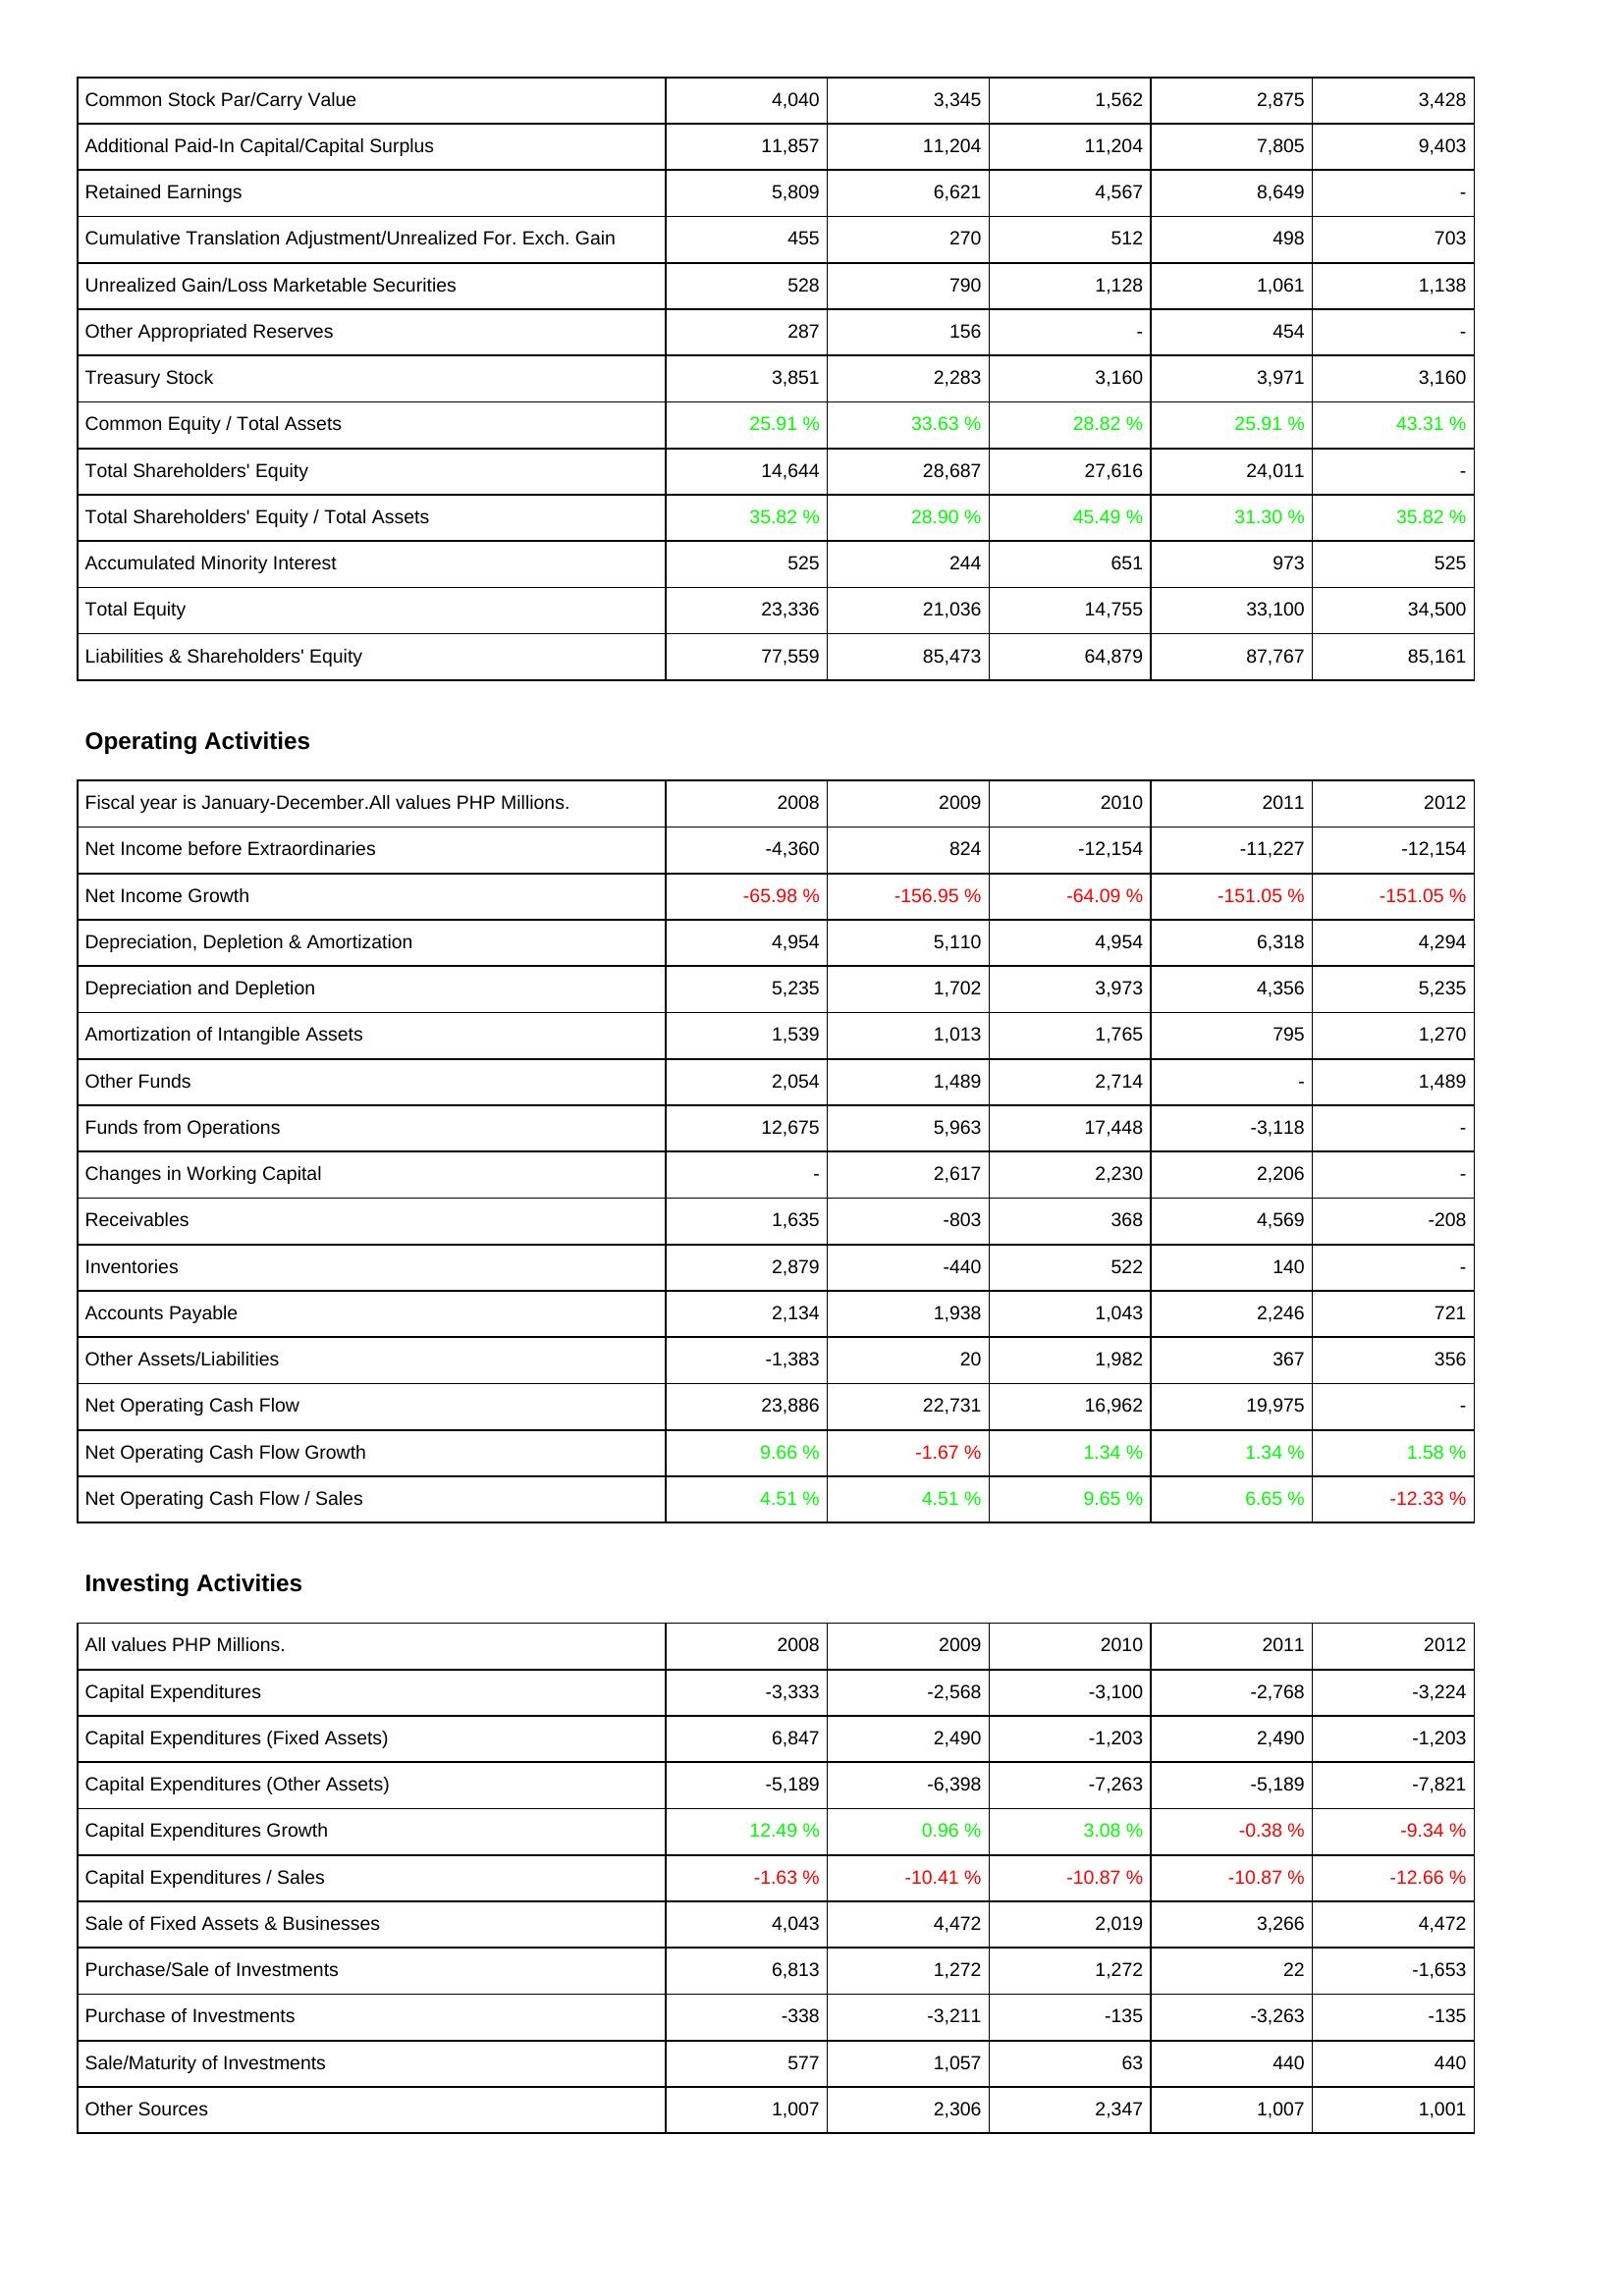
2008: Liabilities & Shareholders' Equity: Common Stock Par/Carry Value: 4,040
Additional Paid-In Capital/Capital Surplus: 11,857
Retained Earnings: 5,809
Cumulative Translation Adjustment/Unrealized For. Exch. Gain: 455
Unrealized Gain/Loss Marketable Securities: 528
Other Appropriated Reserves: 287
Treasury Stock: 3,851
Common Equity / Total Assets: 25.91 %
Total Shareholders' Equity: 14,644
Total Shareholders' Equity / Total Assets: 35.82 %
Accumulated Minority Interest: 525
Total Equity: 23,336
Liabilities & Shareholders' Equity: 77,559
Operating Activities: Net Income before Extraordinaries: -4,360
Net Income Growth: -65.98 %
Depreciation, Depletion & Amortization: 4,954
Depreciation and Depletion: 5,235
Amortization of Intangible Assets: 1,539
Other Funds: 2,054
Funds from Operations: 12,675
Changes in Working Capital: -
Receivables: 1,635
Inventories: 2,879
Accounts Payable: 2,134
Other Assets/Liabilities: -1,383
Net Operating Cash Flow: 23,886
Net Operating Cash Flow Growth: 9.66 %
Net Operating Cash Flow / Sales: 4.51 %
Investing Activities: Capital Expenditures: -3,333
Capital Expenditures (Fixed Assets): 6,847
Capital Expenditures (Other Assets): -5,189
Capital Expenditures Growth: 12.49 %
Capital Expenditures / Sales: -1.63 %
Sale of Fixed Assets & Businesses: 4,043
Purchase/Sale of Investments: 6,813
Purchase of Investments: -338
Sale/Maturity of Investments: 577
Other Sources: 1,007
2009: Liabilities & Shareholders' Equity: Common Stock Par/Carry Value: 3,345
Additional Paid-In Capital/Capital Surplus: 11,204
Retained Earnings: 6,621
Cumulative Translation Adjustment/Unrealized For. Exch. Gain: 270
Unrealized Gain/Loss Marketable Securities: 790
Other Appropriated Reserves: 156
Treasury Stock: 2,283
Common Equity / Total Assets: 33.63 %
Total Shareholders' Equity: 28,687
Total Shareholders' Equity / Total Assets: 28.90 %
Accumulated Minority Interest: 244
Total Equity: 21,036
Liabilities & Shareholders' Equity: 85,473
Operating Activities: Net Income before Extraordinaries: 824
Net Income Growth: -156.95 %
Depreciation, Depletion & Amortization: 5,110
Depreciation and Depletion: 1,702
Amortization of Intangible Assets: 1,013
Other Funds: 1,489
Funds from Operations: 5,963
Changes in Working Capital: 2,617
Receivables: -803
Inventories: -440
Accounts Payable: 1,938
Other Assets/Liabilities: 20
Net Operating Cash Flow: 22,731
Net Operating Cash Flow Growth: -1.67 %
Net Operating Cash Flow / Sales: 4.51 %
Investing Activities: Capital Expenditures: -2,568
Capital Expenditures (Fixed Assets): 2,490
Capital Expenditures (Other Assets): -6,398
Capital Expenditures Growth: 0.96 %
Capital Expenditures / Sales: -10.41 %
Sale of Fixed Assets & Businesses: 4,472
Purchase/Sale of Investments: 1,272
Purchase of Investments: -3,211
Sale/Maturity of Investments: 1,057
Other Sources: 2,306
2010: Liabilities & Shareholders' Equity: Common Stock Par/Carry Value: 1,562
Additional Paid-In Capital/Capital Surplus: 11,204
Retained Earnings: 4,567
Cumulative Translation Adjustment/Unrealized For. Exch. Gain: 512
Unrealized Gain/Loss Marketable Securities: 1,128
Other Appropriated Reserves: -
Treasury Stock: 3,160
Common Equity / Total Assets: 28.82 %
Total Shareholders' Equity: 27,616
Total Shareholders' Equity / Total Assets: 45.49 %
Accumulated Minority Interest: 651
Total Equity: 14,755
Liabilities & Shareholders' Equity: 64,879
Operating Activities: Net Income before Extraordinaries: -12,154
Net Income Growth: -64.09 %
Depreciation, Depletion & Amortization: 4,954
Depreciation and Depletion: 3,973
Amortization of Intangible Assets: 1,765
Other Funds: 2,714
Funds from Operations: 17,448
Changes in Working Capital: 2,230
Receivables: 368
Inventories: 522
Accounts Payable: 1,043
Other Assets/Liabilities: 1,982
Net Operating Cash Flow: 16,962
Net Operating Cash Flow Growth: 1.34 %
Net Operating Cash Flow / Sales: 9.65 %
Investing Activities: Capital Expenditures: -3,100
Capital Expenditures (Fixed Assets): -1,203
Capital Expenditures (Other Assets): -7,263
Capital Expenditures Growth: 3.08 %
Capital Expenditures / Sales: -10.87 %
Sale of Fixed Assets & Businesses: 2,019
Purchase/Sale of Investments: 1,272
Purchase of Investments: -135
Sale/Maturity of Investments: 63
Other Sources: 2,347
2011: Liabilities & Shareholders' Equity: Common Stock Par/Carry Value: 2,875
Additional Paid-In Capital/Capital Surplus: 7,805
Retained Earnings: 8,649
Cumulative Translation Adjustment/Unrealized For. Exch. Gain: 498
Unrealized Gain/Loss Marketable Securities: 1,061
Other Appropriated Reserves: 454
Treasury Stock: 3,971
Common Equity / Total Assets: 25.91 %
Total Shareholders' Equity: 24,011
Total Shareholders' Equity / Total Assets: 31.30 %
Accumulated Minority Interest: 973
Total Equity: 33,100
Liabilities & Shareholders' Equity: 87,767
Operating Activities: Net Income before Extraordinaries: -11,227
Net Income Growth: -151.05 %
Depreciation, Depletion & Amortization: 6,318
Depreciation and Depletion: 4,356
Amortization of Intangible Assets: 795
Other Funds: -
Funds from Operations: -3,118
Changes in Working Capital: 2,206
Receivables: 4,569
Inventories: 140
Accounts Payable: 2,246
Other Assets/Liabilities: 367
Net Operating Cash Flow: 19,975
Net Operating Cash Flow Growth: 1.34 %
Net Operating Cash Flow / Sales: 6.65 %
Investing Activities: Capital Expenditures: -2,768
Capital Expenditures (Fixed Assets): 2,490
Capital Expenditures (Other Assets): -5,189
Capital Expenditures Growth: -0.38 %
Capital Expenditures / Sales: -10.87 %
Sale of Fixed Assets & Businesses: 3,266
Purchase/Sale of Investments: 22
Purchase of Investments: -3,263
Sale/Maturity of Investments: 440
Other Sources: 1,007
2012: Liabilities & Shareholders' Equity: Common Stock Par/Carry Value: 3,428
Additional Paid-In Capital/Capital Surplus: 9,403
Retained Earnings: -
Cumulative Translation Adjustment/Unrealized For. Exch. Gain: 703
Unrealized Gain/Loss Marketable Securities: 1,138
Other Appropriated Reserves: -
Treasury Stock: 3,160
Common Equity / Total Assets: 43.31 %
Total Shareholders' Equity: -
Total Shareholders' Equity / Total Assets: 35.82 %
Accumulated Minority Interest: 525
Total Equity: 34,500
Liabilities & Shareholders' Equity: 85,161
Operating Activities: Net Income before Extraordinaries: -12,154
Net Income Growth: -151.05 %
Depreciation, Depletion & Amortization: 4,294
Depreciation and Depletion: 5,235
Amortization of Intangible Assets: 1,270
Other Funds: 1,489
Funds from Operations: -
Changes in Working Capital: -
Receivables: -208
Inventories: -
Accounts Payable: 721
Other Assets/Liabilities: 356
Net Operating Cash Flow: -
Net Operating Cash Flow Growth: 1.58 %
Net Operating Cash Flow / Sales: -12.33 %
Investing Activities: Capital Expenditures: -3,224
Capital Expenditures (Fixed Assets): -1,203
Capital Expenditures (Other Assets): -7,821
Capital Expenditures Growth: -9.34 %
Capital Expenditures / Sales: -12.66 %
Sale of Fixed Assets & Businesses: 4,472
Purchase/Sale of Investments: -1,653
Purchase of Investments: -135
Sale/Maturity of Investments: 440
Other Sources: 1,001